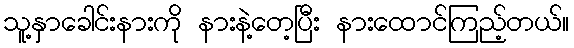
သူ့နှာခေါင်းနားကို နားနဲ့တေ့ပြီး နားထောင်ကြည့်တယ်။